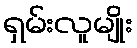
ရှမ်းလူမျိုး